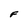
Character: F